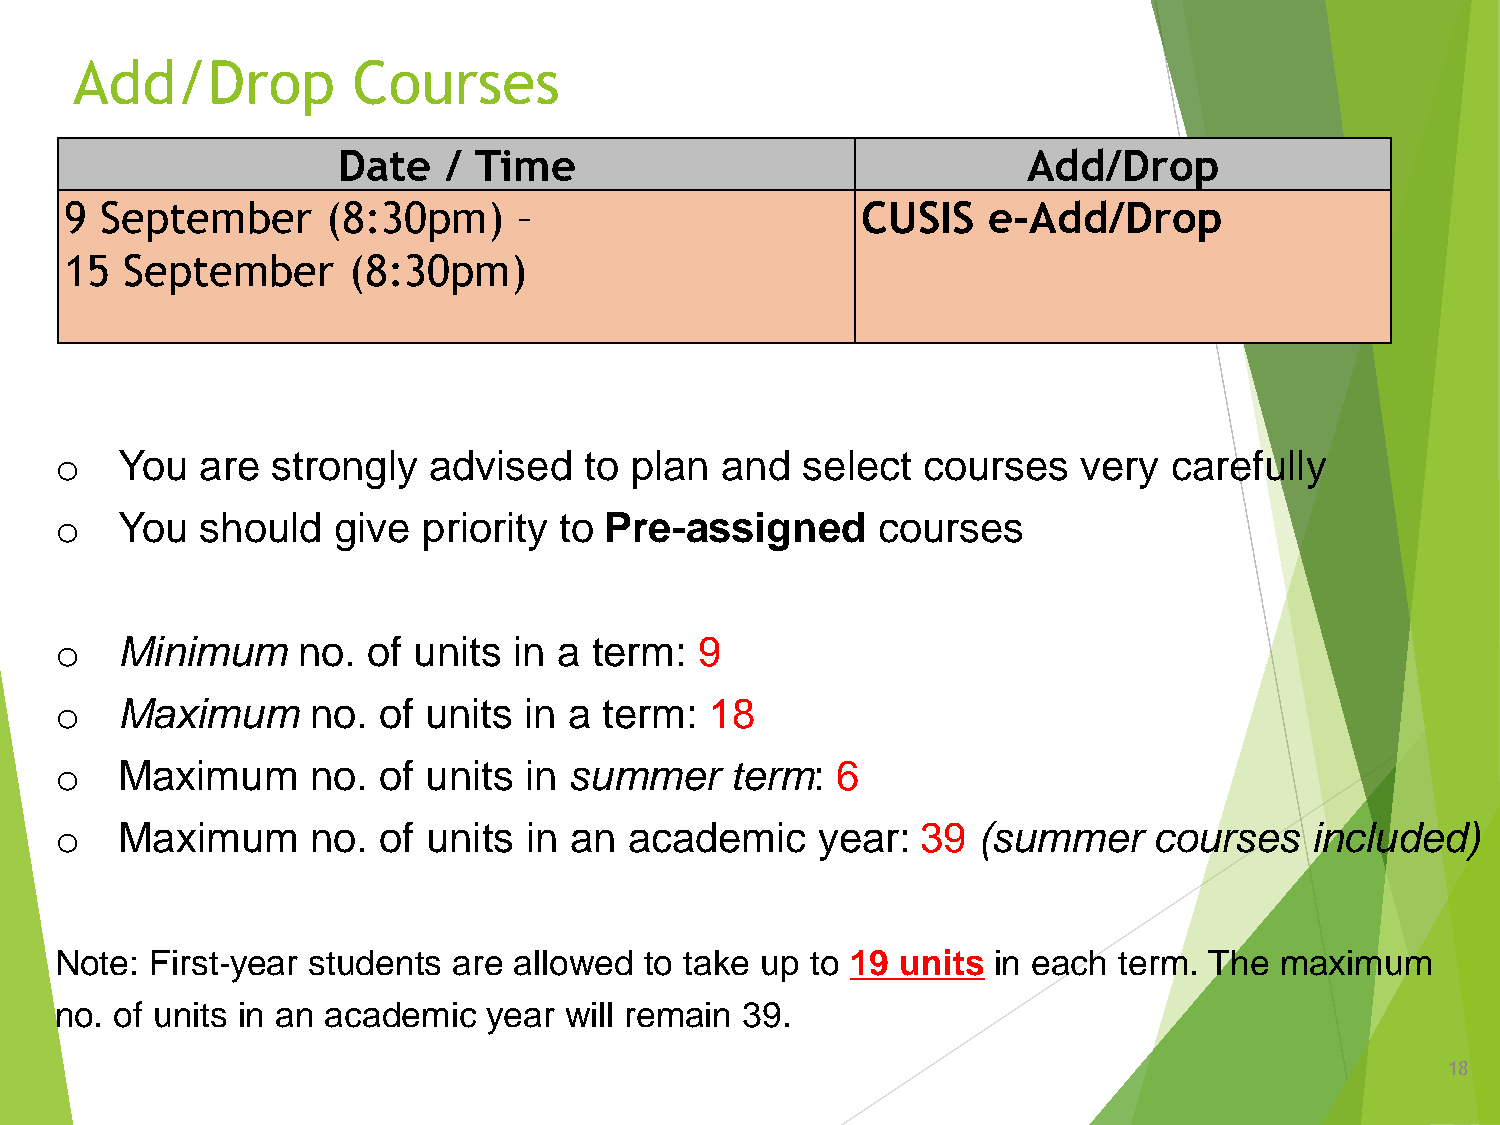
Add/Drop          Courses
 Date   / Time                                 Add/Drop
 9  September      (8:30pm)    –                      CUSIS   e-Add/Drop
 15  September      (8:30pm)
 o   You  are  strongly  advised    to plan  and  select  courses    very  carefully
 o   You  should   give  priority to Pre-assigned      courses
 o   Minimum     no. of units  in a term:  9
 o   Maximum     no.  of units  in a term:  18
 o   Maximum      no. of units  in summer    term:  6
 o   Maximum      no. of units  in an  academic    year:  39  (summer    courses    included)
 Note: First-year students are allowed  to take up to 19 units in each term. The  maximum
 no. of units in an academic year will remain 39.
 18